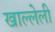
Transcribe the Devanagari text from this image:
खाल्लेली